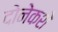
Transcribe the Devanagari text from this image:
दोनेकशे